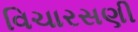
વિચારસણી